Piroplasma canis and its life cycle in the tick - Number 29
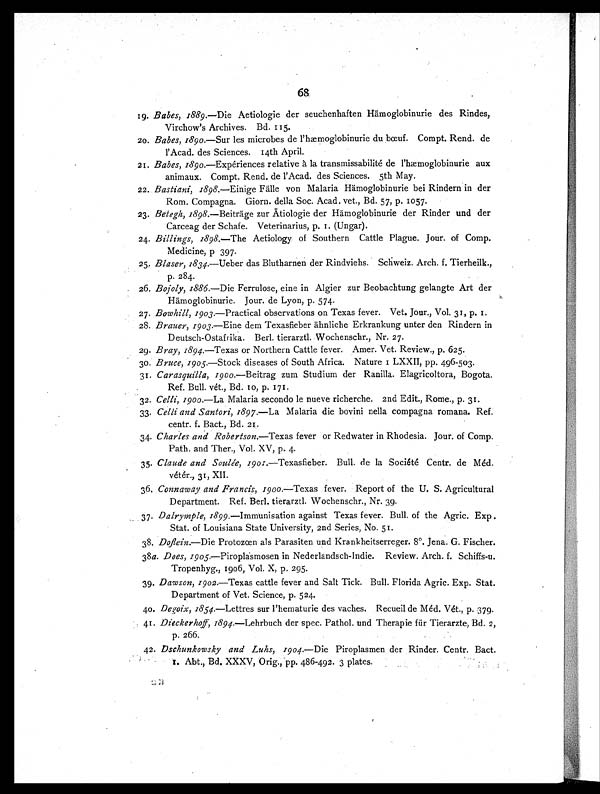
68.
19. Babes, 1889.— Die Aetiologie der seuchenhaften Hämoglobinurie des Rindes,
Virchow's Archives. Bd. 115.
20. Babes, 1890.—Sur les microbes de l'hæmoglobinurie du bœuf. Compt. Rend. de
l'Acad. des Sciences. 14th April.
21. Babes, 1890.— Expériences relative à la transmissabilité de l'hæmoglobinurie aux
animaux. Compt. Rend. de l'Acad. des Sciences. 5th May.
22. Bastiani, 1898 .—Einige Fälle von Malaria Hämoglobinurie bei Rindern in der
Rom. Compagna. Giorn. della Soc. Acad. vet., Bd. 57, p. 1057.
23. Betegh, 1898.—Beiträge zur Ätiologie der Hämoglobinurie der Rinder und der
Carceag der Schafe. Veterinarius, p. I. (Ungar).
24. Billings, 1898.—The Aetiology of Southern Cattle Plague. Jour. of Comp.
Medicine, p 397.
25. Blaser, 1834.—Ueber das Blutharnen der Rindviehs. Schweiz. Arch. f. Tierheilk.,
p. 284.
26. Bojoly, 1886.— Die Ferrulose, eine in Algier zur Beobachtung gelangte Art der
Hämoglobinurie. Jour. de Lyon, p. 574.
27. Bowhill, 1903.—Practical observations on Texas fever. Vet. Jour., Vol. 31, p. 1.
28. Brauer, 1903.—Eine dem Texasfieber ähnliche Erkrankung unter den Rindern in
Deutsch-Ostafrika. Berl. tierarztl. Wochenschr., Nr. 27.
29. Bray, 1894.—Texas or Northern Cattle fever. Amer. Vet. Review., p. 625.
30. Bruce, 1905.—Stock diseases of South Africa. Nature 1 LXXII, pp. 496-503.
31. Carasquilla, 1900.—Beitrag zum Studium der Ranilla. Elagricoltora, Bogota.
Ref. Bull. vét., Bd. 10, p. 171.
32. Celli, 1900.—La Malaria secondo le nueve richerche. 2nd Edit., Rome., p. 31.
33. Celli and Santori, 1897.—La Malaria die bovini nella compagna romana. Ref.
centr. f. Bact., Bd. 21.
34. Charles and Robertson.—Texas fever or Redwater in Rhodesia. Jour. of Comp.
Path. and Ther., Vol. XV, p. 4.
35. Claude and Soulée, 1901.—Texasfieber. Bull. de la Société Centr. de Méd.
vétér., 31, XII.
36. Connaway and Francis, 1900.—Texas fever. Report of the U. S. Agricultural
Department. Ref. Berl. tierarztl, Wochenschr., Nr. 39.
37. Dalrymple, 1899.—Immunisation against Texas fever. Bull. of the Agric. Exp.
Stat. of Louisiana State University, 2nd Series, No. 51.
38. Doflein.—Die Protozœn als Parasiten und Krankheitserreger. 8°. Jena. G. Fischer.
38a. Does, 1905.—Piroplasmosen in Nederlandsch-Indie. Review. Arch. f. Schiffs-u.
Tropenhyg., 1906, Vol. X, p. 295.
39. Dawson, 1902.—Texas cattle fever and Salt Tick. Bull. Florida Agric. Exp. Stat.
Department of Vet. Science, p. 524.
40. Degoix, 1854.—Lettres sur l'hematurie des vaches. Recueil de Méd. Vét., p.379.
41. Dieckerhoff, 1894.—Lehrbuch der spec. Pathol. und Therapie für Tierarzte, Bd. 2,
p. 266.
42. Dschunkowsky and Luhs, 1904.— Die Piroplasmen der Rinder. Centr. Bact.
1. Abt., Bd. XXXV, Orig.,pp. 486-492. 3 plates.
22